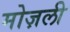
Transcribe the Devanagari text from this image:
मोज़ली